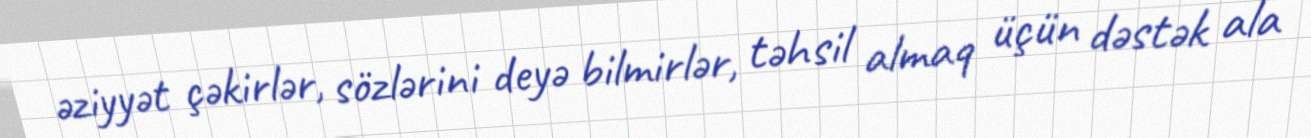
əziyyət çəkirlər, sözlərini deyə bilmirlər, təhsil almaq üçün dəstək ala